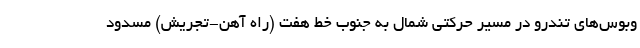
وبوس‌های تندرو در مسیر حرکتی شمال به جنوب خط هفت (راه آهن-تجریش) مسدود